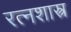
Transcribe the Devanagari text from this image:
रत्नशास्त्र